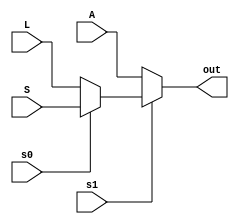
module aluCtrl (A,L,S,out,s1,s0);
input [7:0] A,L,S;
input s1,s0;
output wire [7:0] out;
// s1 = 0 selects arithmetic unit
// s1 = 1 ; s0 = 0 selects logic unit
// s1 = 1 ; s0 = 1 selects shift unit
assign out = s1 ? (s0 ? S : L) : A ;
endmodule